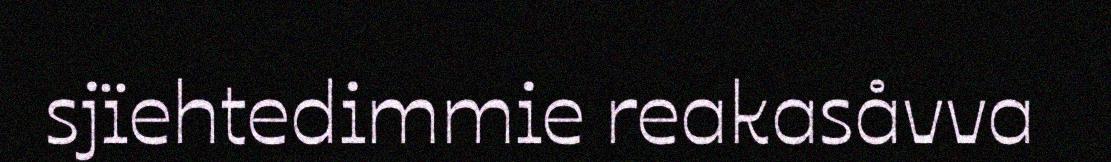
sjïehtedimmie reakasåvva